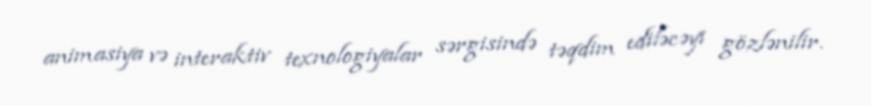
animasiya və interaktiv texnologiyalar sərgisində təqdim ediləcəyi gözlənilir.